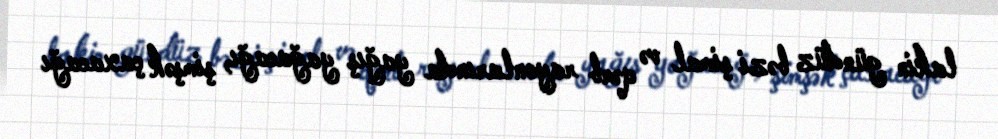
lakin gündüz bəzi şimal və qərb rayonlarında yağış yağacağı, şimşək çaxacağı